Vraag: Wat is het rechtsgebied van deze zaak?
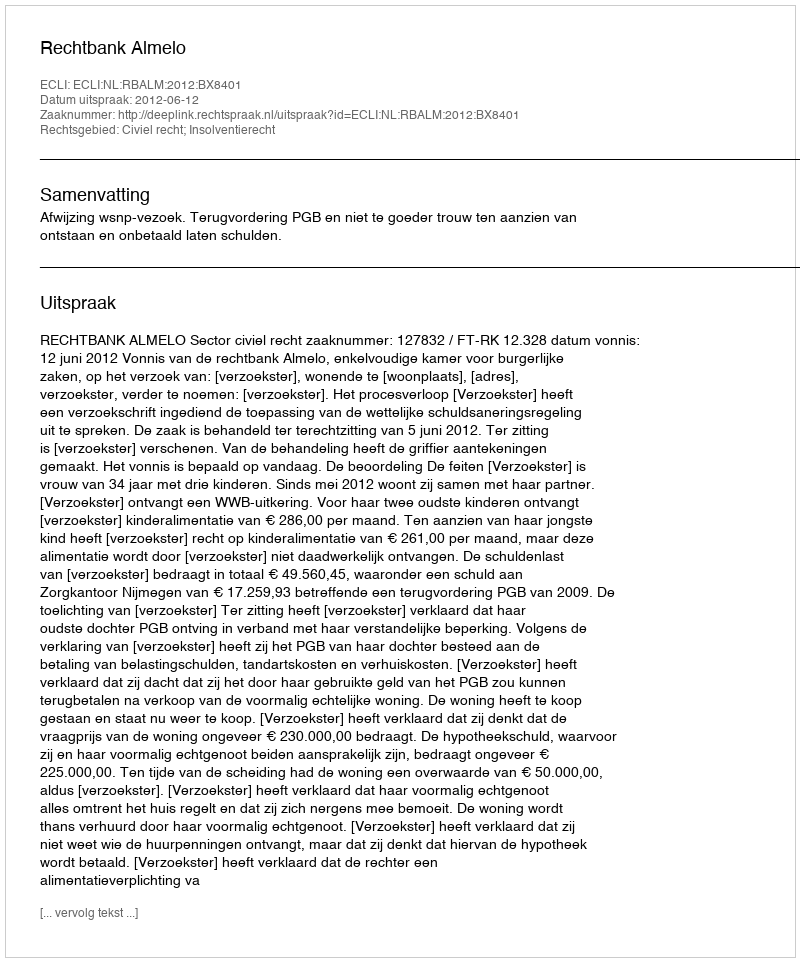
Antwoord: Civiel recht; Insolventierecht